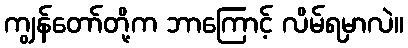
ကျွန်တော်တို့က ဘာကြောင့် လိမ်ရမှာလဲ။